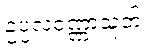
ဥပ္ပလဝဏ္ဏာသုတ်။